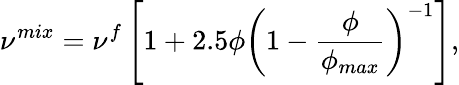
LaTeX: \nu^{mix}=\nu^{f}\left[1+2.5\phi\left(1-\frac{\phi}{\phi_{max}}\right)^{-1}\right],